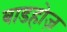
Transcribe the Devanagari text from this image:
बाडहोज़